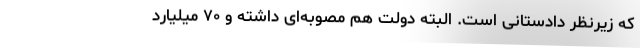
که زیرنظر دادستانی است. البته دولت هم مصوبه‌ای داشته و ۷۰ میلیارد